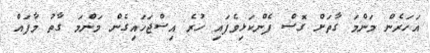
އަހަރެން މަންމަ ގާތަށް ގޮސް ފެންކަޅިވެފައި ހުރެ އިސްޖަހައިގެން މަންމަ ގާތު މާފައް